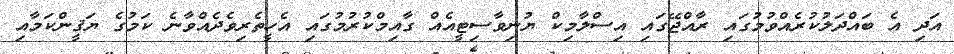
އަދި އެ ބައްދަލުކުރެއްވުމުގައި ރާއްޖޭގައި އިސްލާމިކް ޔުނިވާސިޓީއެއް ގާއިމްކުރުމުގައި އެހީތެރިވެދެއްވާނެ ކަމުގެ ޔަޤީންކަމާއި